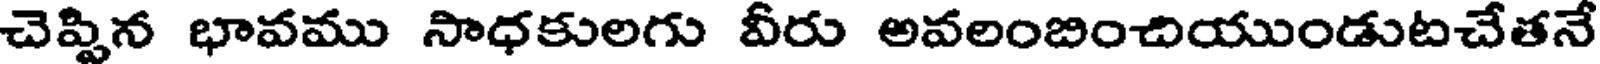
చెప్పిన భావము సాధకులగు వీరు అవలంబించియుండుటచేతనే